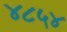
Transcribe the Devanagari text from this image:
४८५४